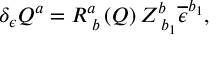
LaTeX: \delta _ { \epsilon } Q ^ { a } = R _ { \; b } ^ { a } \left( Q \right) Z _ { \; b _ { 1 } } ^ { b } \overline { { { \epsilon } } } ^ { b _ { 1 } } ,